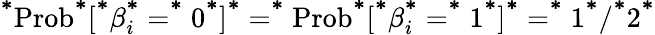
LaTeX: ^{\textbf*}\mathrm{Prob}^{\textbf*}[^{\textbf*}\beta_{i}^{\textbf*}=^{\textbf*}0^{\textbf*}]^{\textbf*}=^{\textbf*}\mathrm{Prob}^{\textbf*}[^{\textbf*}\beta_{i}^{\textbf*}=^{\textbf*}1^{\textbf*}]^{\textbf*}=^{\textbf*}1^{\textbf*}/^{\textbf*}2^{\textbf*}